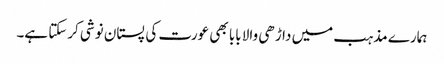
ہمارے مذہب میں داڑھی والا بابا بھی عورت کی پستان نوشی کرسکتا ہے۔